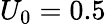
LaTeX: U_{0}=0.5